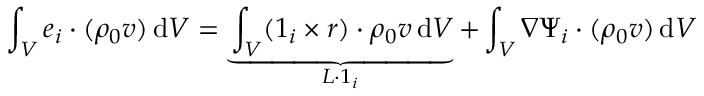
\int _ { V } \boldsymbol { e } _ { i } \boldsymbol { \cdot } ( \rho _ { 0 } \boldsymbol { v } ) \, \mathrm { d } V = \underbrace { \int _ { V } ( \boldsymbol { 1 } _ { i } \times \boldsymbol { r } ) \boldsymbol { \cdot } \rho _ { 0 } \boldsymbol { v } \, \mathrm { d } V } _ { \boldsymbol { L } \boldsymbol { \cdot } \boldsymbol { 1 } _ { i } } + \int _ { V } \nabla \Psi _ { i } \boldsymbol { \cdot } ( \rho _ { 0 } \boldsymbol { v } ) \, \mathrm { d } V